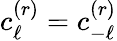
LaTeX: c_{\ell}^{(r)}=c_{-\ell}^{(r)}